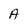
Character: A